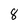
Character: 8